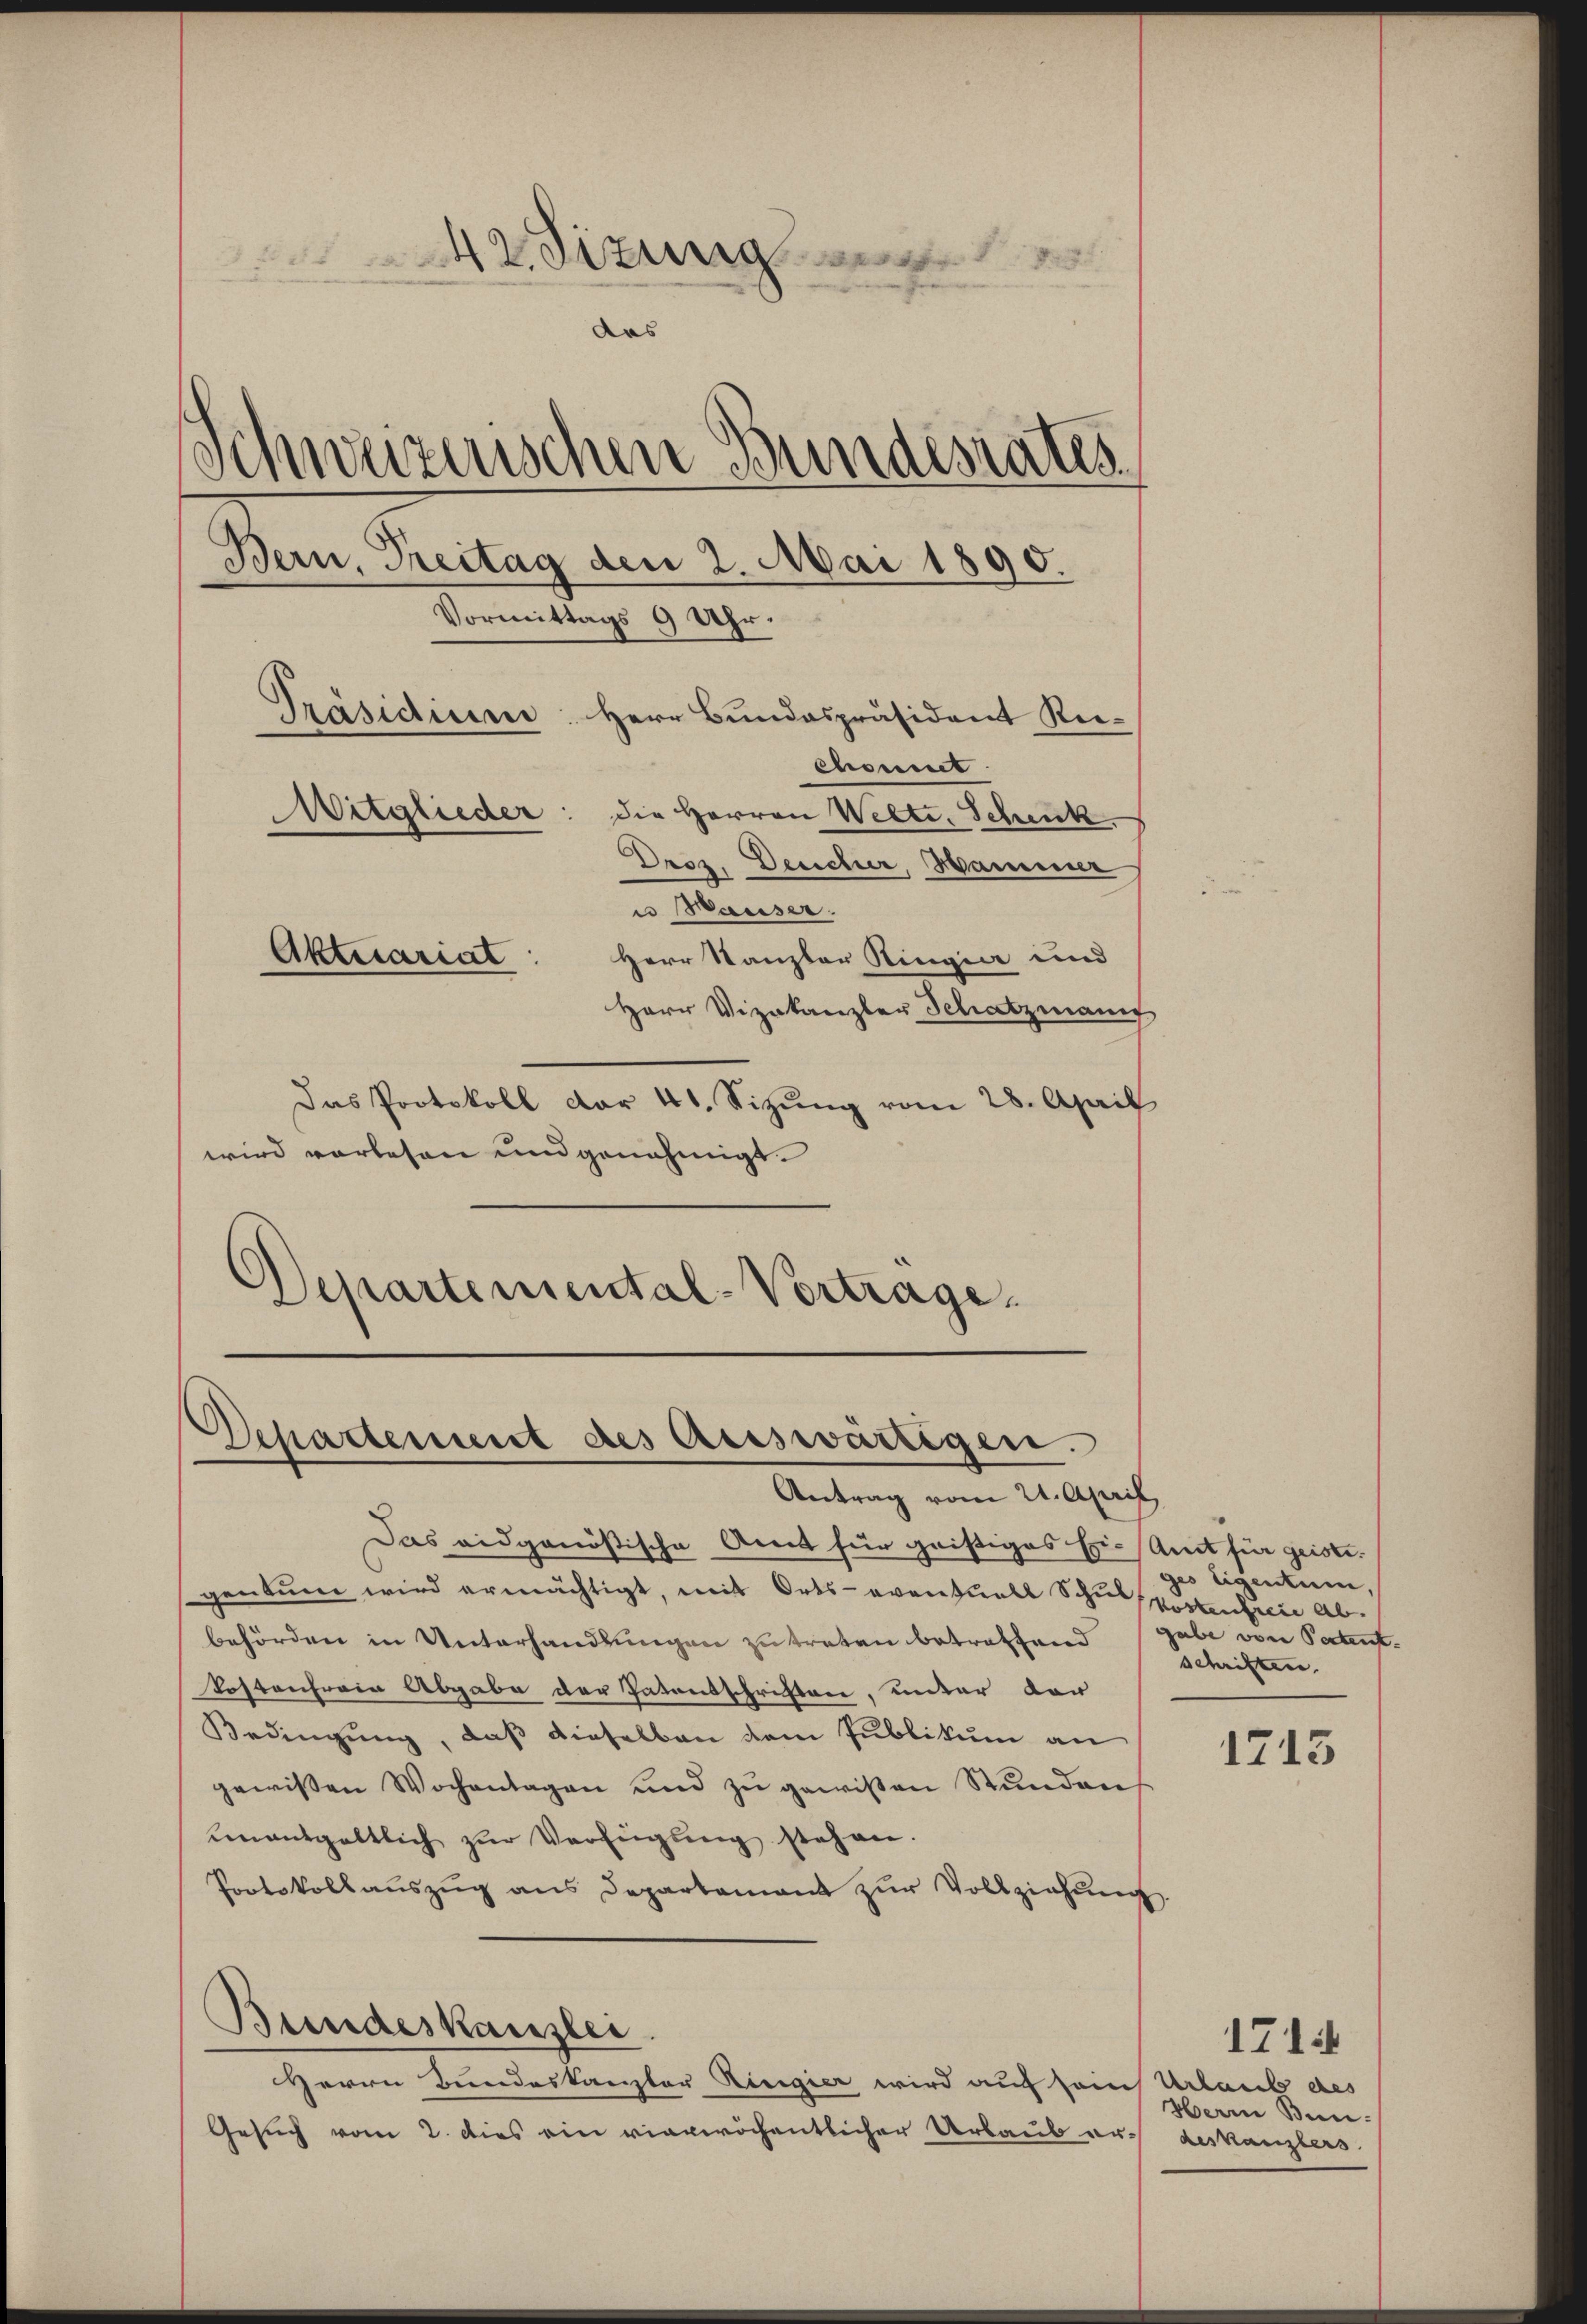
dirungen
das
Schweizerischen Bundesrates
Bern, Treitag den 2. Mai 1890.
Vormittags 9 Uhr.
Präsidium. Herr Bundespräsident Re-
chonnet
Mitglieder: die Herren Welti, Schenk
Droz. Deucher, Hammer

u Mäuser.
Aktuariat
Herr Kanzler Ringier und
Herr Vizekanzler Schatzmann
Das Protokoll dar 41. Sizung vom 28. April
wird vorlesen und genehmigt.
Departemental-Vortrage.

Departement des Auswärtigen.
Antrag vom 21. April

Das eidgenößische Amt für geistiges Eri-Amt für geiste.
gentum wird ermächtigt, mit Orts- eventuell Schulkostenten abbehörden in Unterhandlungen zu treten betreffend gabe von Patent-
kostenferin Abgabe der Patentschriften, unter vor
Bedingung, daß dieselben dem Publikum an
gewißen Wochentagen und zu gewißen Stundens
unentgeltlich zŭr Verfügung stehen.
Protokollaŭszŭg ans Departement zŭr Vollziehŭng
Bundeskanzlei.
Herrn Bundeskanzler Ringier wird auf sein Urlaub des
Gesuch vom 2. dies ein vierwöchentlicher Urlaub er¬

ges Eigentum,
schriften.

1713

1714
Herin Bundeskanzlers